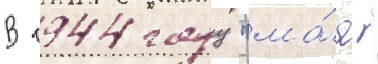
В 1944 году "ма́я"